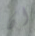
ان